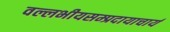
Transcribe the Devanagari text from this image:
वल्लभीयसम्प्रदायाचार्य